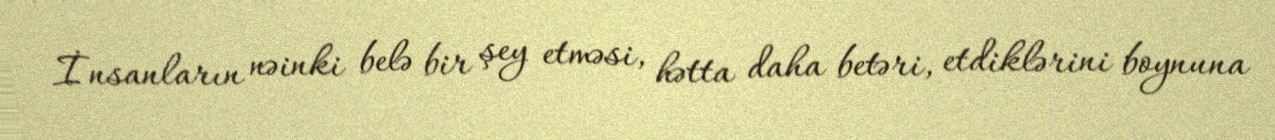
İnsanların nəinki belə bir şey etməsi, hətta daha betəri, etdiklərini boynuna